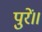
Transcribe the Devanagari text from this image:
पुरें॥